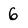
Character: 6